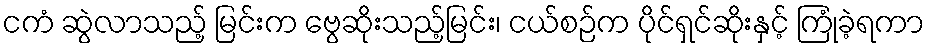
ငကံ ဆွဲလာသည့် မြင်းက ဗွေဆိုးသည့်မြင်း၊ ငယ်စဉ်က ပိုင်ရှင်ဆိုးနှင့် ကြုံခဲ့ရကာ